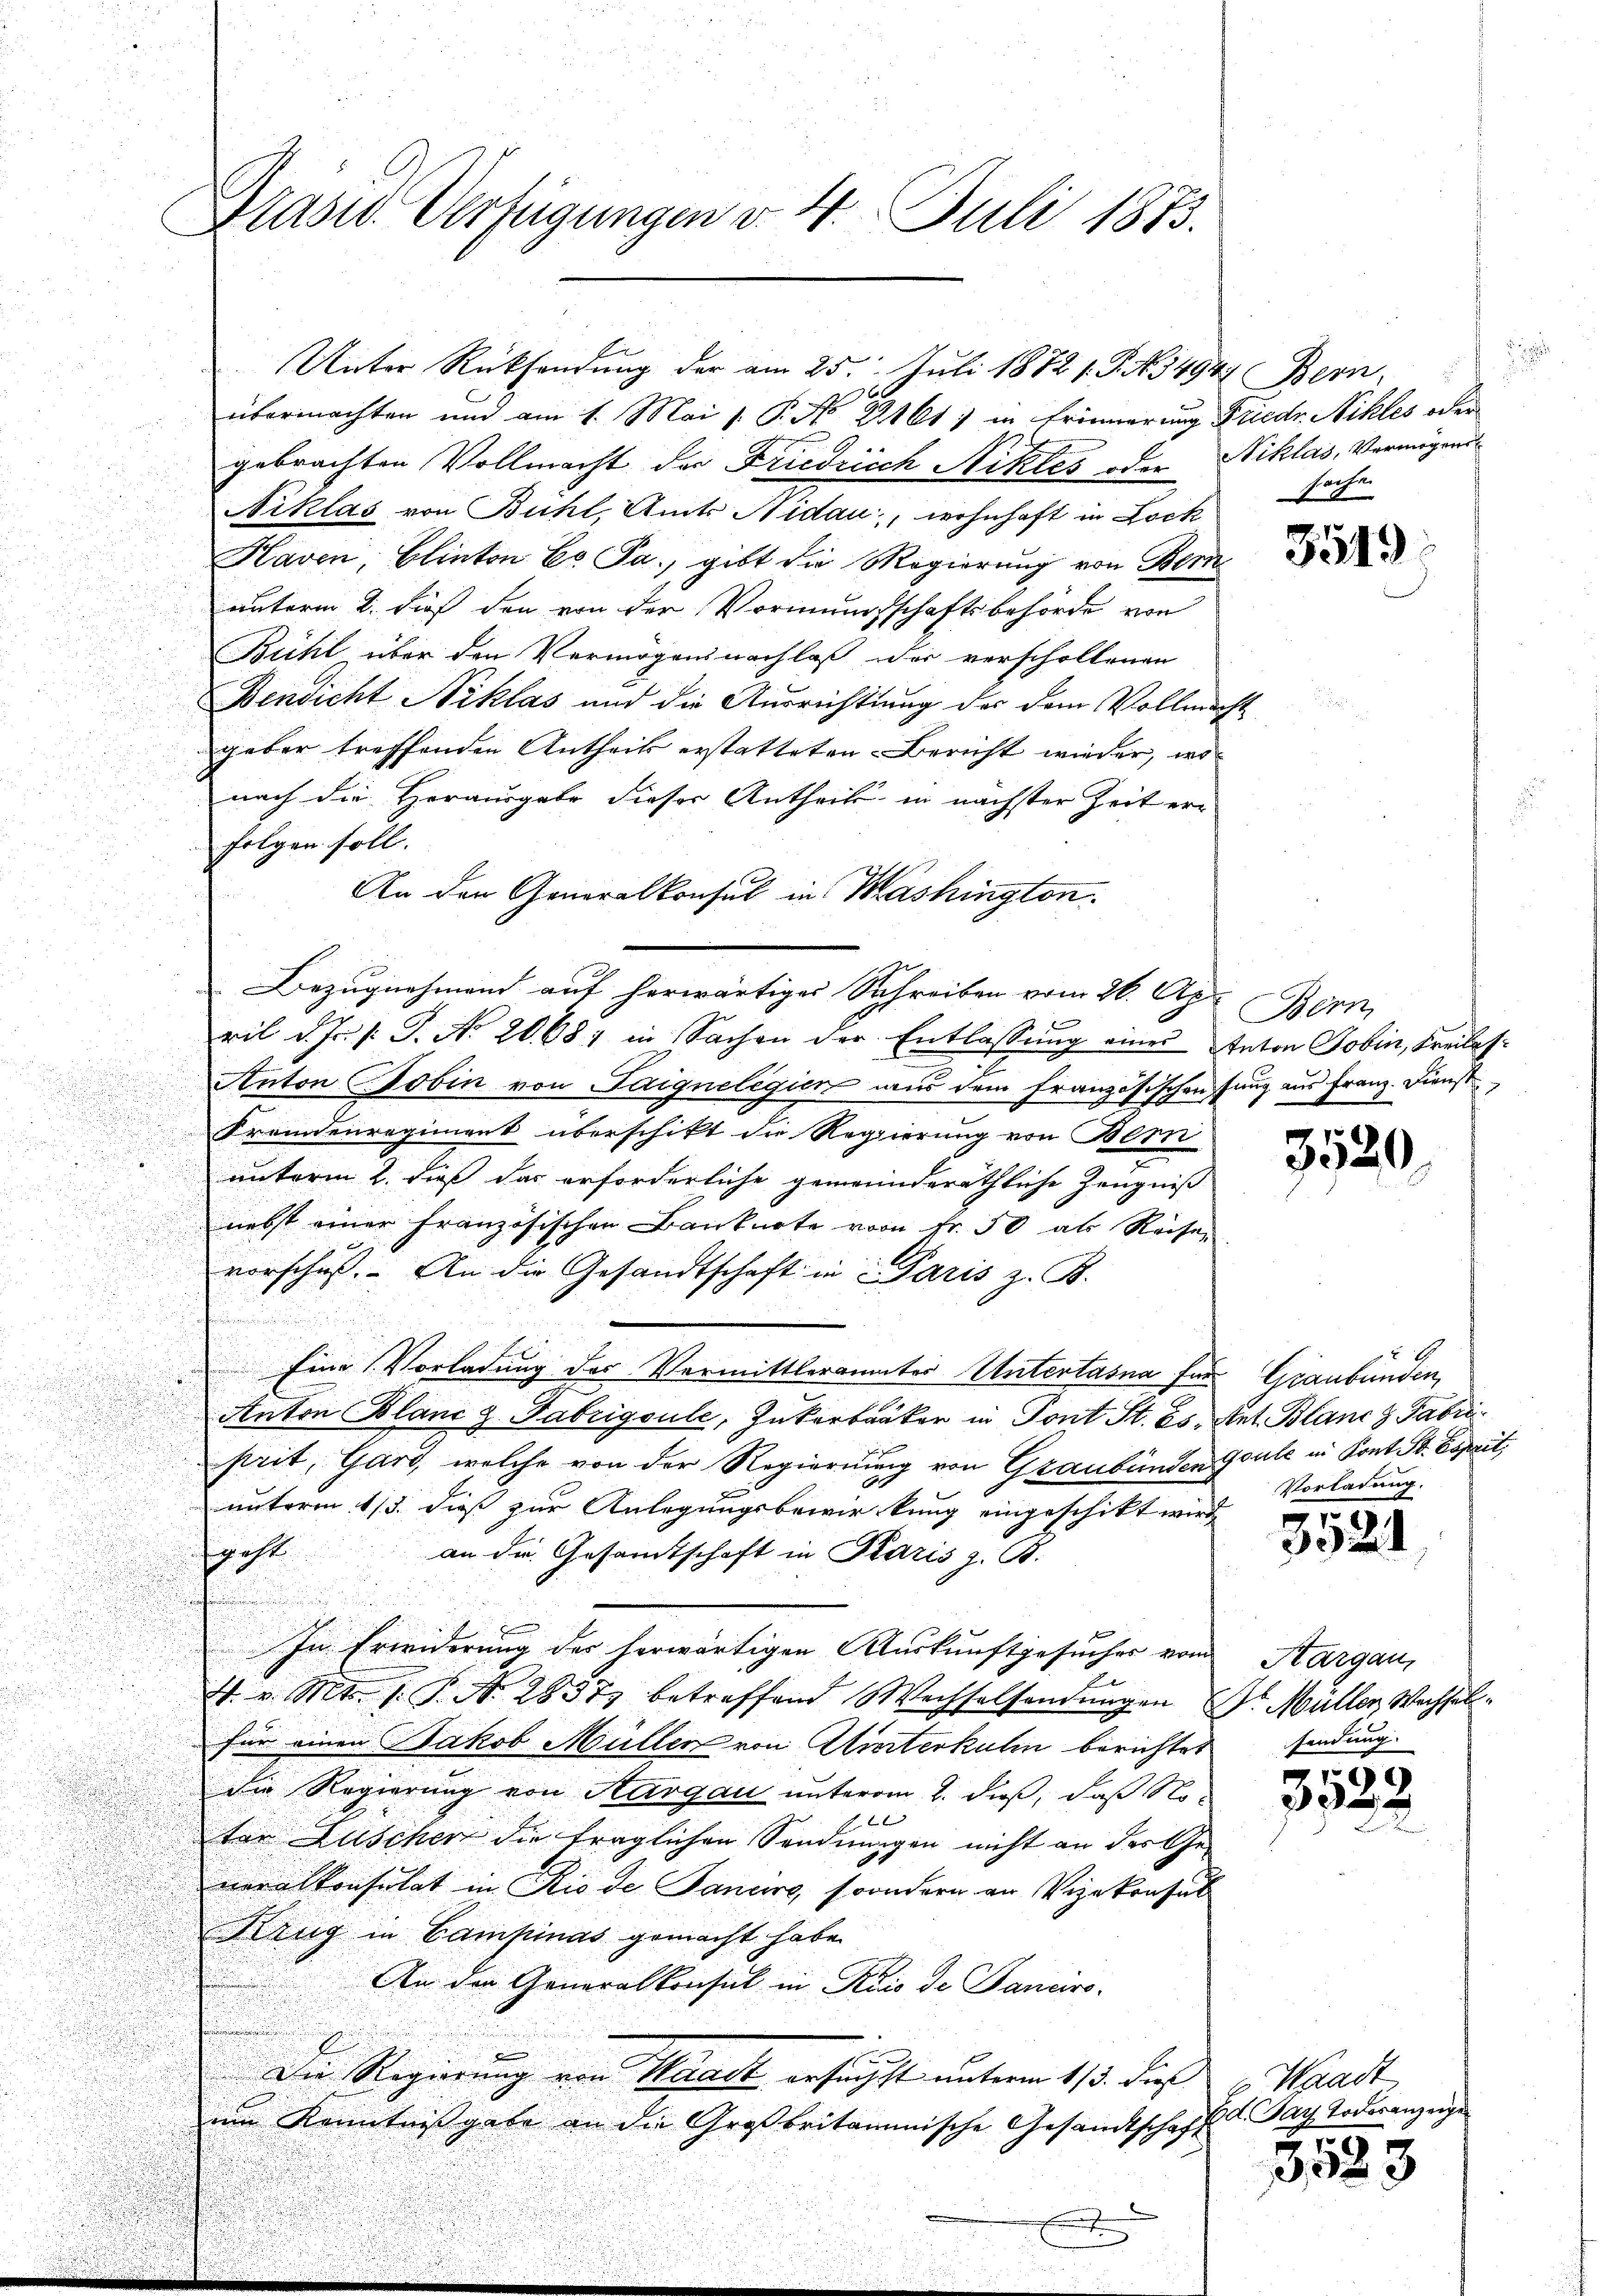
Drasw. Verfügungen v. 4. Juli 1873.

Unter Rücksendung der am 25. Juli 1872 s. S. N. 3494. Bern,
6x
übermachten und am 1. Mai v. P. No 2161) in Erinnerung Friedr. Nikles oder
gebrachten Vollmacht der Friedricch Nitzles oder
Niklas von Bühl, Amts Nidau, wohnhaft in Lock
Kaven, Elinton Co Pa., gibt die Regierung von Bern
unterm 2. dies den von der Vormundschaftsbehörde von
Bühl über den Vermögensnachlaß der verscholtenen
Bendicht Niklas und die Ausrichtung des dem Vollen
geber treffenden Antheil erstatteten Bericht wieder, wo
nach die Herausgabe dieser Antheils in nächster Zeit erfolgen soll.
An den Generalkonsul in Mashington
Bezugnehmend auf herwärtiger Schreiben vom 26. Ap
ril d. Js. s. S. Nr. 20687 in Sachen der Entlassŭng eines Anton Jobin, Freilas
Anton Tobin von Saignelegien aus dem Französischen Jung aus Franz. Dienst
Fremdenregiment überschikt die Regierung von Bern
.
 unterm 2. dieß das erforderliche gemeinderäthliche Zeugniß
u

nebst einer französischen Banknote vom Fr. 50 als Reise,

u
vorschuß. An die Gesandtschaft in Paris z. B.
u
Eine Vorladung des Vermittleraumter Untertasna für Graubünden,
Anton Blanc z. Fabrigsule, Zukerbäker in Pont St. Es Ant. Blanc z Fabriprit, Garg, welche von der Regierung von Graubünden Goule in Kont. Sr. Esprit,
unterm 1/3. dieß zur Anlegungsbewirkung eingeschikt wird,
fgest
an die Gesamtschaft in Paris z. B.

In Erwiderung der herwärtigen Auskunftgesucher von Aargau,
4. v. Mts. s. S. N. 28373 betreffend Wechselsendungen Dr. Müller Wachselfür einen Jakob Müller von Aierterkulin berichtet
die Regierung von Aargau unterm 2. dieß, daß No

ter Lüschen die träglichen Sondnungen nicht an des Ge-
neralkonsulat in Rio de Sanciro, soondern an Vizekonsul
lzug in Campinas gemacht habe.
An der Generalkonsul in Reis de Pancro-
p
Die Regierung von Waadt ersuchst unterm 113. dies
um Kenntnissgabe an die Großbritaminische Gesandtschaft
t

Niklas, Vermögens
sache.

1

3519

Bern,

3520

Vorladung.

3521

sendung

)
3

Waadt
Ed. Pays Todesanzeig

2
523